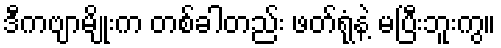
ဒီကဗျာမျိုးက တစ်ခါတည်း ဖတ်ရုံနဲ့ မပြီးဘူးကွ။